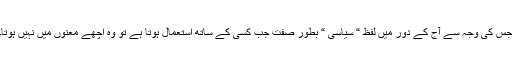
جس کی وجہ سے آج کے دور میں لفظ “ سیاسی “ بطور صفت جب کسی کے ساتھ استعمال ہوتا ہے تو وہ اچھے معنوں میں نہیں ہوتا۔